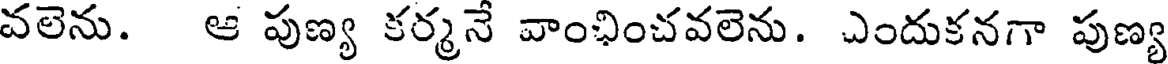
వలెను. ఆ పుణ్య కర్మనే వాంఛించవలెను. ఎందుకనగా పుణ్య